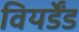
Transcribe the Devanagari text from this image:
वियर्डेंड